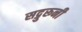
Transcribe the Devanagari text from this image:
सद्गुरूनी